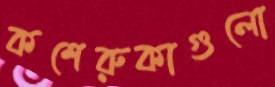
কশেরুকাগুলো